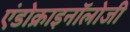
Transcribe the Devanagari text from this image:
एंडोक्राइनॉलोजी